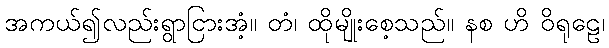
အကယ်၍လည်းရွာငြားအံ့။ တံ၊ ထိုမျိုးစေ့သည်။ နစ ဟိ ဝိရုဠေ၊